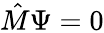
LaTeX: {\hat{M}}\Psi=0